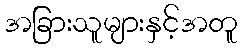
အခြားသူများနှင့်အတူ